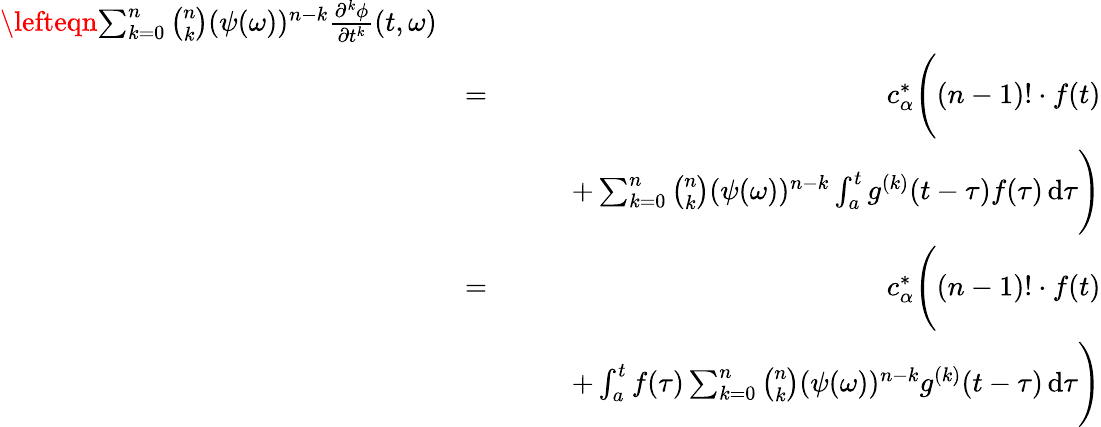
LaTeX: \begin{array}{rlr}{\lefteqn{\sum_{k=0}^{n}\binom{n}{k}(\psi(\omega))^{n-k}\frac{\partial^{k}\phi}{\partial t^{k}}(t,\omega)}}\\ &{=}&{c_{\alpha}^{*}\Bigg((n-1)!\cdot f(t)}\\ &{}&{\qquad+\sum_{k=0}^{n}\binom{n}{k}(\psi(\omega))^{n-k}\int_{a}^{t}g^{(k)}(t-\tau)f(\tau)\, \mathrm d\tau\Bigg)}\\ &{=}&{c_{\alpha}^{*}\Bigg((n-1)!\cdot f(t)}\\ &{}&{\qquad+\int_{a}^{t}f(\tau)\sum_{k=0}^{n}\binom{n}{k}(\psi(\omega))^{n-k}g^{(k)}(t-\tau)\, \mathrm d\tau\Bigg)}\end{array}